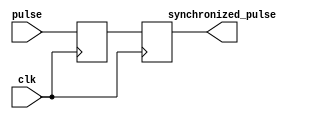
module PulseSynchronizer (
  input wire clk,
  input wire pulse,
  output reg synchronized_pulse
);

reg pulse_reg;

always @(posedge clk) begin
  pulse_reg <= pulse;
end

always @(posedge clk) begin
  synchronized_pulse <= pulse_reg;
end

endmodule